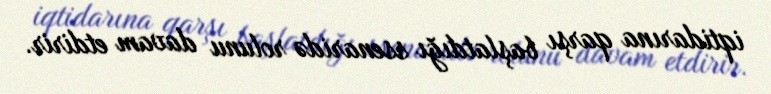
iqtidarına qarşı başlatdığı ssenaridə rolunu davam etdirir.